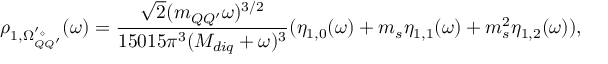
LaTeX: \rho _ { 1 , \Omega _ { Q Q ^ { \prime } } ^ { ' \diamond } } ( \omega ) = \frac { \sqrt { 2 } ( m _ { Q Q ^ { \prime } } \omega ) ^ { 3 / 2 } } { 1 5 0 1 5 \pi ^ { 3 } ( { \cal { M } } _ { d i q } + \omega ) ^ { 3 } } ( \eta _ { 1 , 0 } ( \omega ) + m _ { s } \eta _ { 1 , 1 } ( \omega ) + m _ { s } ^ { 2 } \eta _ { 1 , 2 } ( \omega ) ) ,